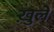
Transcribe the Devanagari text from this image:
ख़ुले